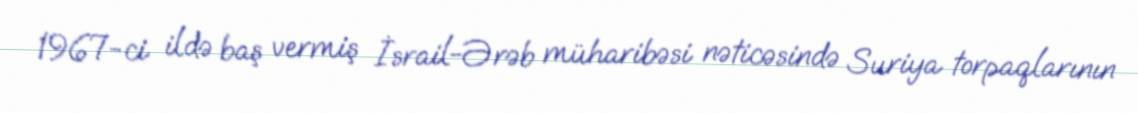
1967-ci ildə baş vermiş İsrail-Ərəb müharibəsi nəticəsində Suriya torpaqlarının